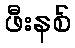
ဖီးနစ်